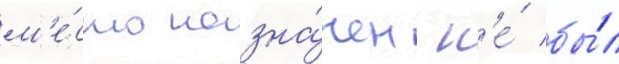
м'е́сто назна́чен н'е́ бы́л